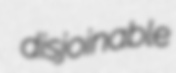
disjoinable